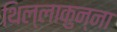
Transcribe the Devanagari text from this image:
थिल्लाकुन्ना